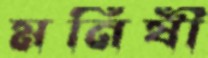
মনিষী